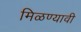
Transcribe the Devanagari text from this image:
मिळण्यावी